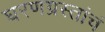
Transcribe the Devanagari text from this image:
घरणग्रस्तांचं